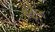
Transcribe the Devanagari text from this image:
भेदः